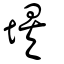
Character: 埃